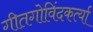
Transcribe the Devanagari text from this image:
गीतगोविंदकर्त्या